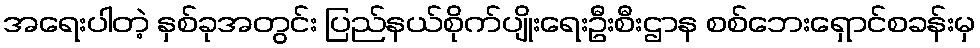
အရေးပါတဲ့ နှစ်ခုအတွင်း ပြည်နယ်စိုက်ပျိုးရေးဦးစီးဌာန စစ်ဘေးရှောင်စခန်းမှ